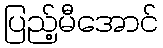
ပြည့်မီအောင်